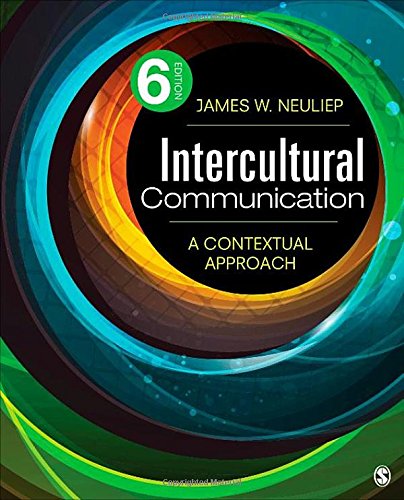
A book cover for Intercultural Communication: A Contextual Approach; James W. Neuliep; Reference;